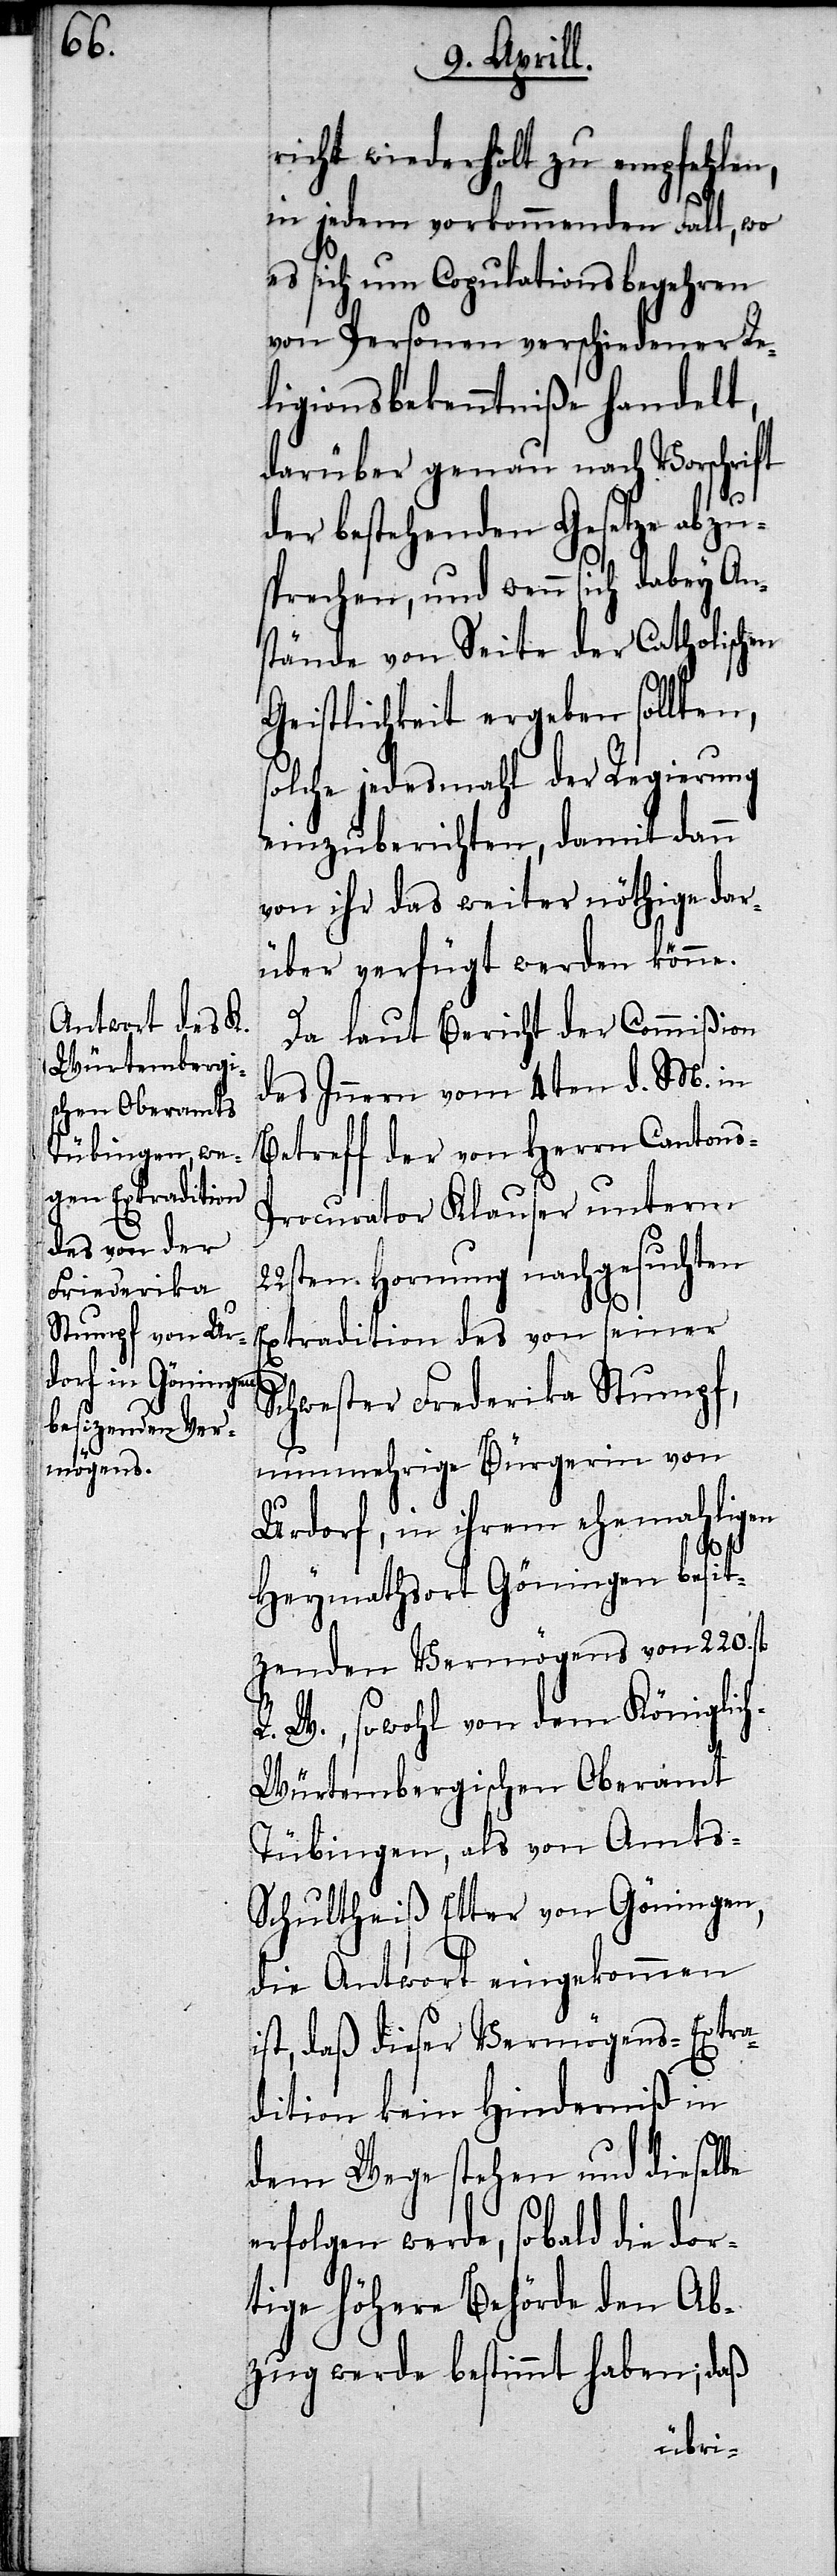
richt wiederholt zu empfehlen,
in jedem vorkommenden Fall, wo
es sich um Copulationsbegehren
von Personen verschiedener Re¬
ligionsbekenntniße handelt,
darüber genau nach Vorschrift
der bestehenden Gesetze abzu¬
sprechen, und wenn sich dabey An¬
stände von Seite der Catholischen
Geistlichkeit ergeben sollten,
olche jedesmahl der Regierung
einzuberichten, damit dann
von ihr das weiter nöthige dar¬
über verfügt werden könne.
Da laut Bericht der Commißion
des Innern vom 4ten d. M. in
Betreff der von Herrn Canton¬
rocurator Klauser unterm
22sten Hornung nachgesuchten
tradition des von seiner
Schwester Frederika Stumpf,
nunmehrige Bürgerin von
Urdorf, in ihrem ehemahligen
i¬
Heymathsort Göningen besit¬
zenden Vermögens von 220. fl.
R. W., sowohl von dem Königlic¬
h-Würtembergischen Oberamt
Tübingen, als von Amts-S¬
chultheiß Etter von Göningen,
die Antwort eingekommen
st, daß dieser Vermögens-Extra¬
dition kein Hinderniß in
dem Weg stehen und dieselbe
erfolgen werde, sobald die dor¬
tige höhere Behörde den Ab¬
zug werde bestimmt haben; daß